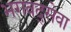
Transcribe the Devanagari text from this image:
भगवद्सेवा